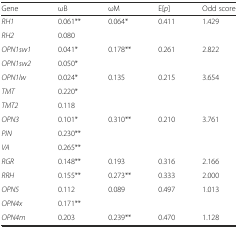
<table><thead><tr><td><b>Gene</b></td><td><b>ωB</b></td><td><b>ωM</b></td><td><b>E[<i>p</i>]</b></td><td><b>Odd score</b></td></tr></thead><tbody><tr><td><i>RH1</i></td><td>0.061**</td><td>0.064*</td><td>0.411</td><td>1.429</td></tr><tr><td><i>RH2</i></td><td>0.080</td><td></td><td></td><td></td></tr><tr><td><i>OPN1sw1</i></td><td>0.041*</td><td>0.178**</td><td>0.261</td><td>2.822</td></tr><tr><td><i>OPN1sw2</i></td><td>0.050*</td><td></td><td></td><td></td></tr><tr><td><i>OPN1lw</i></td><td>0.024*</td><td>0.135</td><td>0.215</td><td>3.654</td></tr><tr><td><i>TMT</i></td><td>0.220*</td><td></td><td></td><td></td></tr><tr><td><i>TMT2</i></td><td>0.118</td><td></td><td></td><td></td></tr><tr><td><i>OPN3</i></td><td>0.101*</td><td>0.310**</td><td>0.210</td><td>3.761</td></tr><tr><td><i>PIN</i></td><td>0.230**</td><td></td><td></td><td></td></tr><tr><td><i>VA</i></td><td>0.265**</td><td></td><td></td><td></td></tr><tr><td><i>RGR</i></td><td>0.148**</td><td>0.193</td><td>0.316</td><td>2.166</td></tr><tr><td><i>RRH</i></td><td>0.155**</td><td>0.273**</td><td>0.333</td><td>2.000</td></tr><tr><td><i>OPN5</i></td><td>0.112</td><td>0.089</td><td>0.497</td><td>1.013</td></tr><tr><td><i>OPN4x</i></td><td>0.171**</td><td></td><td></td><td></td></tr><tr><td><i>OPN4m</i></td><td>0.203</td><td>0.239**</td><td>0.470</td><td>1.128</td></tr></tbody></table>